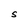
Character: S